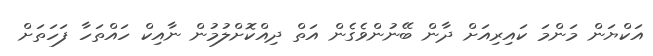
އަކްޔަން މަންމަ ކައިރިއަށް ދާން ބޭނުންވެގެން އަތް ދިއްކޮށްލުމުން ނާއިކް ހައްތަހާ ފަހަތަށް